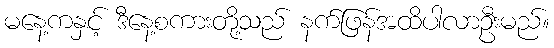
မနေ့ကနှင့် ဒီနေ့စကားတို့သည် နက်ဖြန်အထိပါလာဦးမည်။